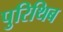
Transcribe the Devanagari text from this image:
पुरिथिब